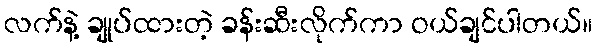
လက်နဲ့ ချုပ်ထားတဲ့ ခန်းဆီးလိုက်ကာ ဝယ်ချင်ပါတယ်။